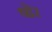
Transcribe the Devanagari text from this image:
षोर